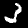
Label: 3